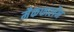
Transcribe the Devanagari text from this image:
मैकफार्लेन